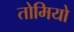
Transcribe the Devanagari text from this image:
तोमियो